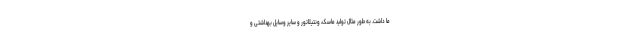
ما داشت. به طور مثال تولید ماسک، ونتیلاتور و سایر وسایل بهداشتی و